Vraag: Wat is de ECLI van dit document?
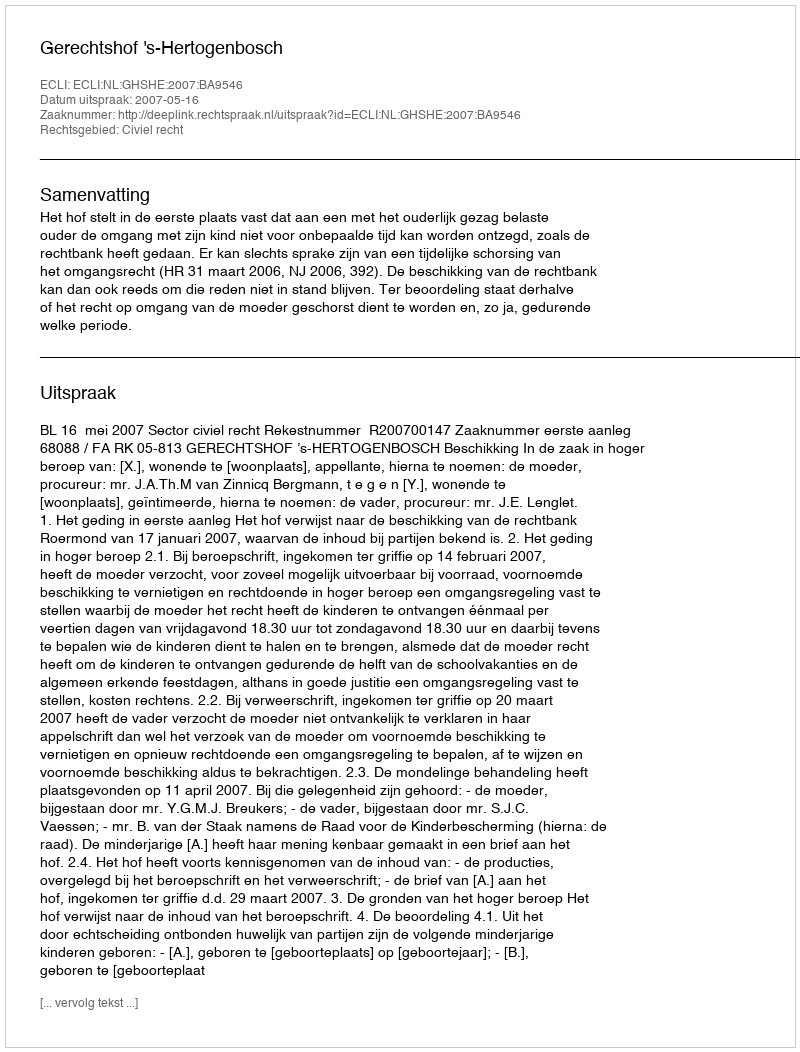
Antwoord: ECLI:NL:GHSHE:2007:BA9546